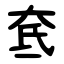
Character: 奃